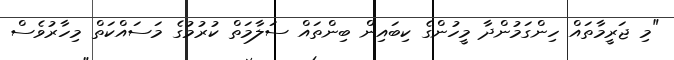
"މި ޖަރީމާތައް ހިންގަމުންދާ މީހުންގެ ކިބައިން ބިންތައް ސަލާމަތް ކުރުުމުގެ މަސައްކަތް މިހާރުވެސް